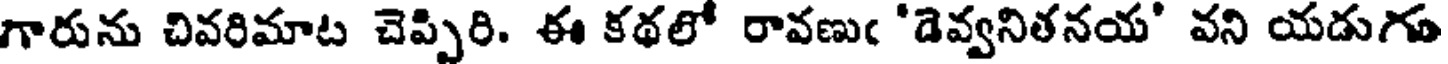
గారును చివరిమాట చెప్పిరి. ఈ కథలో రావణుఁ 'డెవ్వనితనయ' వని యడుగు